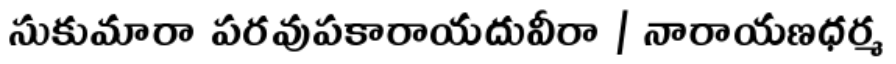
సుకుమారా పరవుపకారాయదువీరా | నారాయణధర్మ